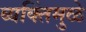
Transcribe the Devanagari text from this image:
व्यक्तिंमुळे